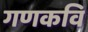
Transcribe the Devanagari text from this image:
गणकवि